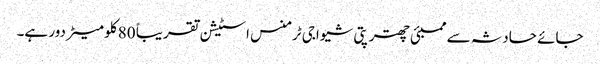
جائے حادثہ سے ممبئی چھترپتی شیواجی ٹرمنس اسٹیشن تقریباً 80 کلو میٹر دور ہے۔